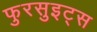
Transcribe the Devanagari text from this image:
फुरसुइट्स